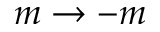
m \to - m